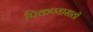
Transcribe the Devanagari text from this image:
पिकण्यासाठी